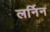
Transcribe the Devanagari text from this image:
लर्निन